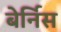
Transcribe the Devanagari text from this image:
बेर्निस